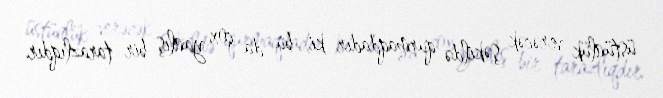
üstünlük verəcək şəkildə qurmaqdadır ki, bu da çox yanlış bir tarazlıqdır.